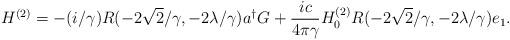
LaTeX: \begin{align*}H^{(2)} = -(i/\gamma) R(-2\sqrt{2}/\gamma, -2\lambda/\gamma) a^\dagger G +\frac{ic}{4\pi\gamma} H^{(2)}_0 R(-2\sqrt{2}/\gamma, -2\lambda/\gamma) e_1.\end{align*}